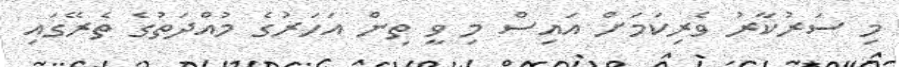
މި ސަރުކާރު ވެރިކަމަށް އައިސް މި ވީ ތިން އަހަރުގެ މުއްދަތުގެ ތެރޭގައި